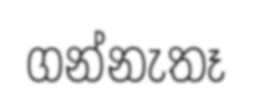
ගන්නැතෑ